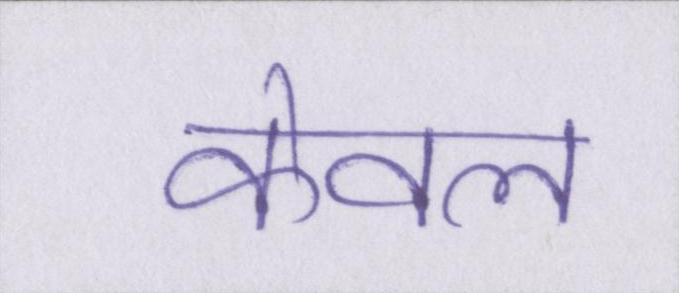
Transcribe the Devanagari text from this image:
केवल